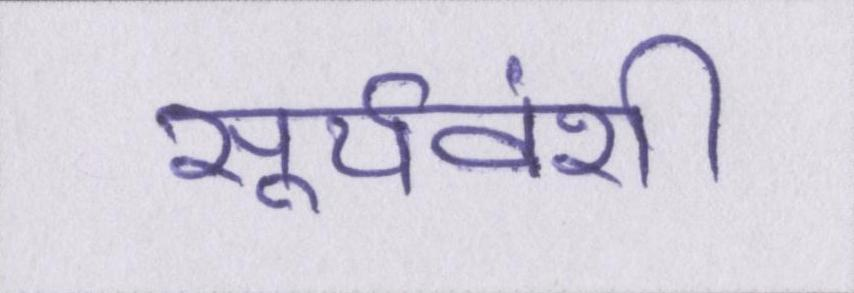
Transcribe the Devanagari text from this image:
सूर्यवंशी